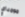
مومباي